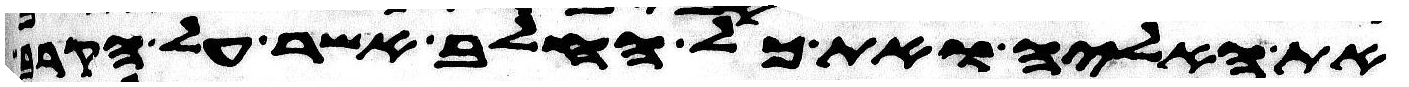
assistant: את האליה ואת כל החלב אשר על הקרב